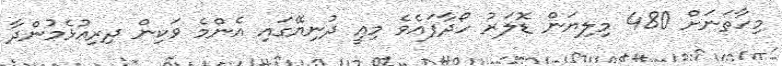
މިހާތަނަށް 480 މިލިޔަން ޑޮލަރު ހޯދާފައެވެ މިއީ ދުނިޔޭގައި އެންމެ ވަކިން ދިރިއުޅެމުންދާ